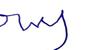
Signature authenticity: forged